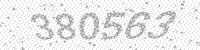
Solution: 380563